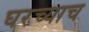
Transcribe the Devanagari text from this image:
घरच्याच